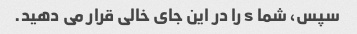
سپس، شما s را در این جای خالی قرار می دهید.